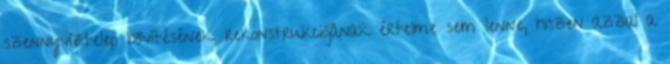
szennyvíztelep bővítésének, rekonstrukciójának értelme sem lenne, hiszen azzal a